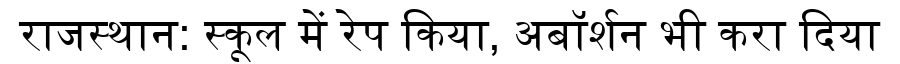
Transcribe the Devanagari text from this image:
राजस्थान: स्कूल में रेप किया, अबॉर्शन भी करा दिया